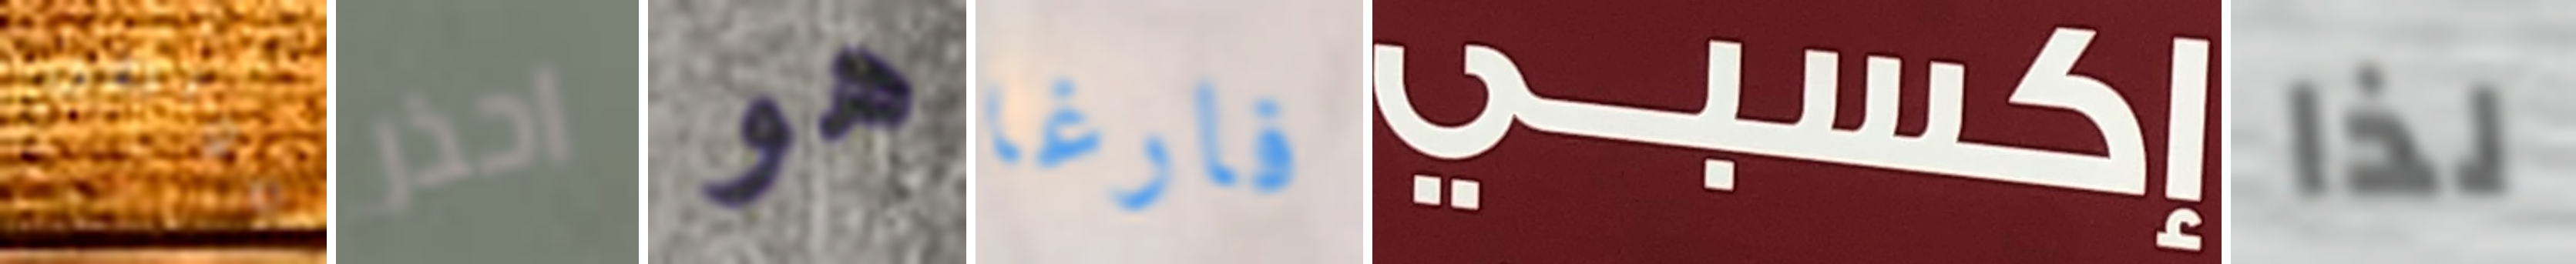
مواطن احذر هو فارغا إكسبي لذا